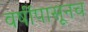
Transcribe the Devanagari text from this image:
वर्षीपासूनच